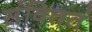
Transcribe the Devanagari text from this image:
संविततं